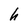
Character: h